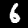
Label: 6